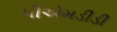
પીએમડીડી